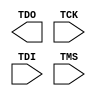
///////////////////////////////////////////////////////////////////////////////
// Copyright (c) 1995/2015 Xilinx, Inc.
// All Right Reserved.
///////////////////////////////////////////////////////////////////////////////
//   ____  ____
//  /   /\/   /
// /___/  \  /    Vendor : Xilinx
// \   \   \/     Version : 2015.4
//  \   \         Description : Xilinx Formal Library Component
//  /   /                  Jtag TAP Controler for VIRTEX7
// /___/   /\     Filename : JTAG_SIME2.v
// \   \  /  \
//  \___\/\___\
//
///////////////////////////////////////////////////////////////////////////////
// Revision:
//    05/17/10 - Initial version.
//    11/30/11 - 632642 - Updated supported devices and corresponding IDCODES.
// End Revision
///////////////////////////////////////////////////////////////////////////////

`timescale 1 ps/1 ps

`celldefine

module JTAG_SIME2( TDO, TCK, TDI, TMS);


  output TDO;

  input TCK, TDI, TMS;
   

  parameter PART_NAME = "7A8";

endmodule

`endcelldefine